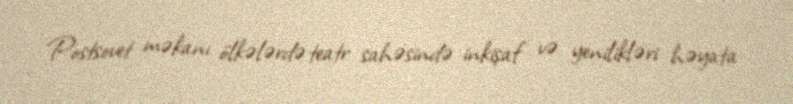
Postsovet məkanı ölkələrdə teatr sahəsində inkişaf və yenilikləri həyata